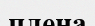
плена